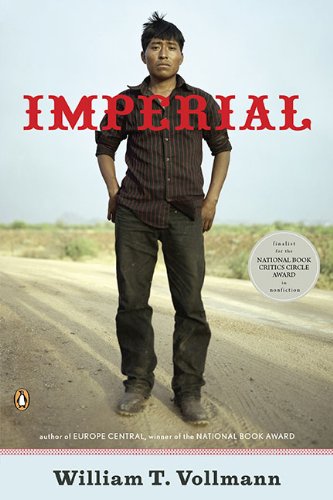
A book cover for Imperial; William T Vollmann; History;